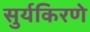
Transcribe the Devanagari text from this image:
सुर्यकिरणे